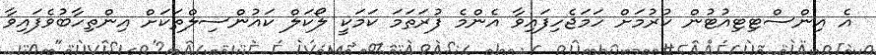
އެ އިންސްޓިޓިއުޓުން ކުރުމަށް ހަމަޖެހިފައިވާ އެންމެ ފުރަތަމަ ކަމަކީ ލޯކަލް ކައުންސިލްތަކަށް އިންތިހާބުވެފައިވާ